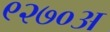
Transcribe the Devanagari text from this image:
९२७०अ